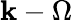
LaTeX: \mathbf{k}-\Omega